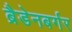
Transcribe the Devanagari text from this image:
ब्रैडेनबर्गर